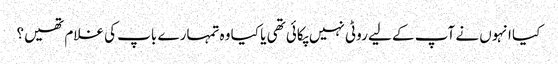
کیا انہوں نے آپ کے لیے روٹی نہیں پکائی تھی یا کیا وہ تمہارے باپ کی غلام تھیں؟